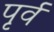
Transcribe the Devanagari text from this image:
पृर्व